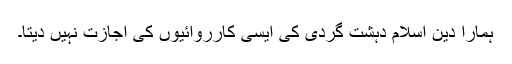
ہمارا دین اسلام دہشت گردی کی ایسی کارروائیوں کی اجازت نہیں دیتا۔